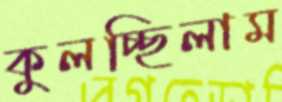
কুলচ্ছিলাম